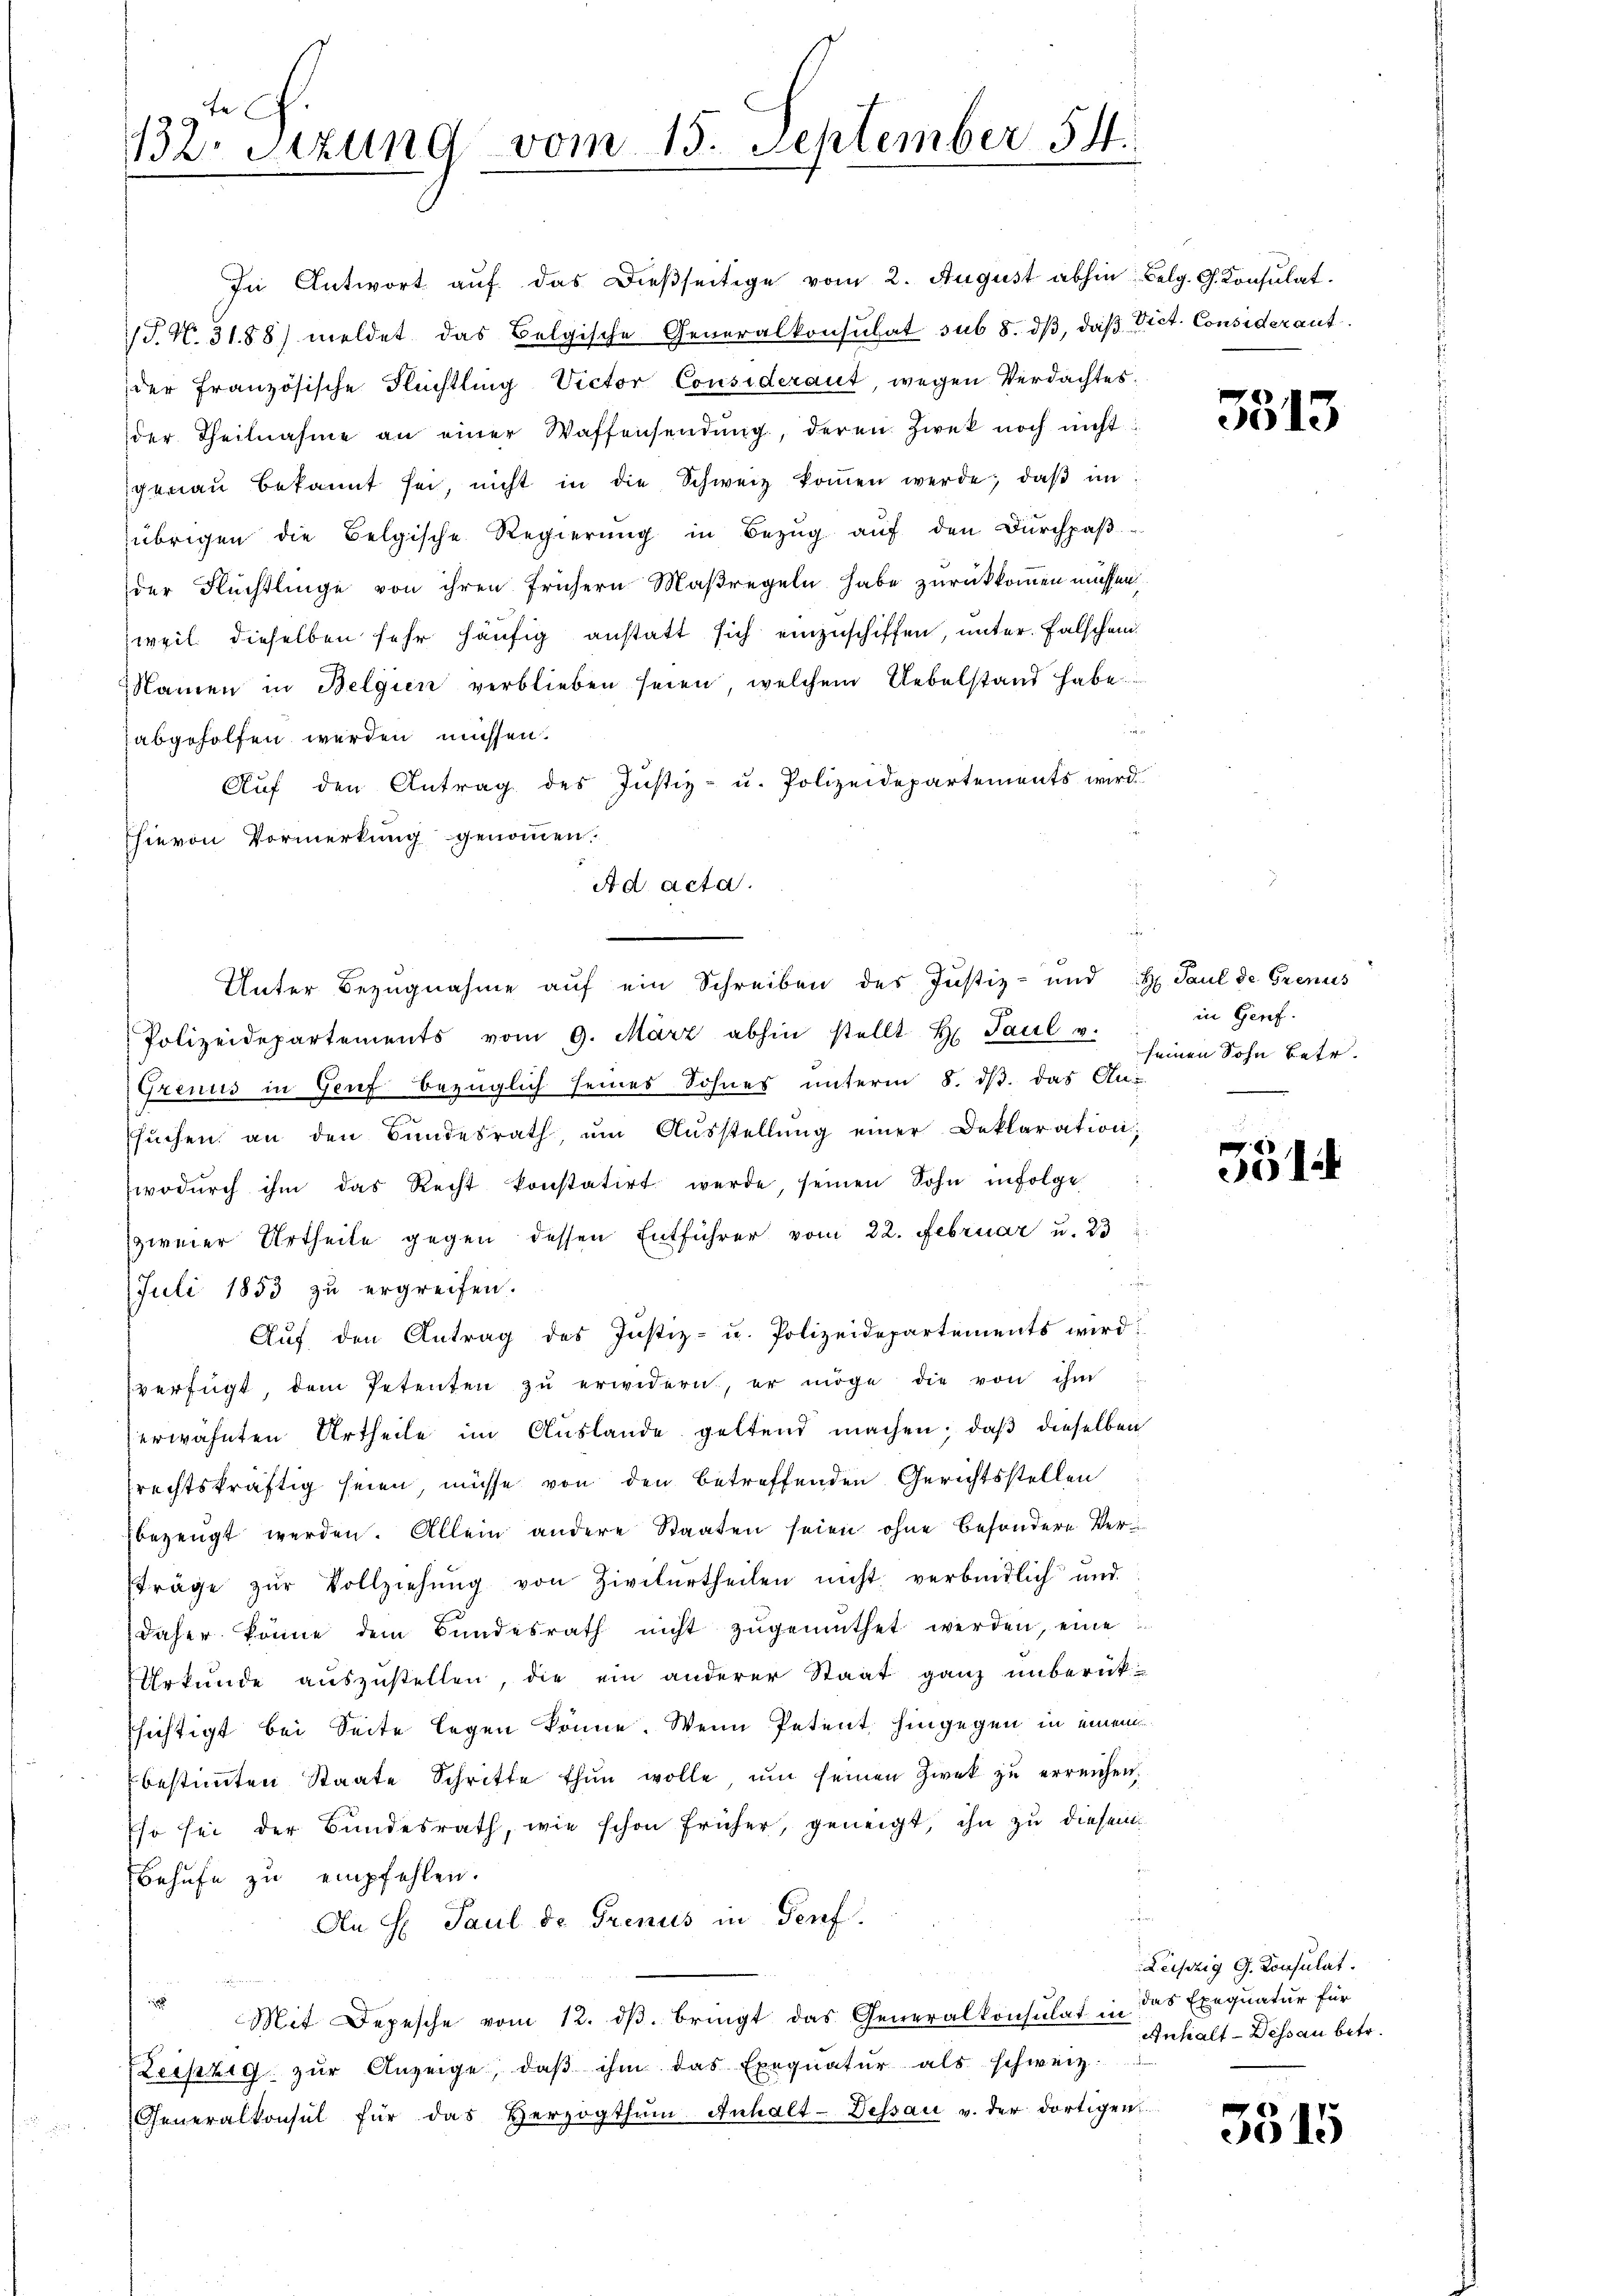
132. Sitzung vom 15. September 54.

In Antwort aŭf das dieβseitige vom 2. August abhin Belg. G. Consulat
T. N. 31.88) meldet das Belgische Generalkonsulat sub 8. dβ, das Vict. Considerant
der französische Flüchtling Victor Consideraut, wegen Verdachtes
der Theilnahme an einer Waffensendung, deren Zwek noch nicht
genaŭ bekannt sei, nicht in die Schweiz koṁen werde, daβ im
übrigen die Belgische Regierŭng in Bezŭg aŭf den Dŭrchpaβ
der Flüchtlinge von ihren frühern Maßregeln habe zurückkommen müssen
weil dieselben sehr häufig anstatt sich einzuschiffen, unter Falschei
Namen in Belgien verblieben seien, welchem Uebelstand habe
abgeholfen werden müssen.
Auf den Antrag des Justiz- u. Polizeidepartements wird
hievon Vormerkung genommen.
Ad acta.
Polizeidepartements vom 9. März abhin stellt H. Paul u.
Grenus in Genf bezüglich seines Sohnes unterm 8. dβ das Ansŭchen an den Bŭndesrath, ŭm Aŭsstellŭng einer Deklaration;
wodŭrch ihm das Recht konstatirt werde, seinen Sohn infolge
zweier Urtheile gegen dessen Entführer vom 22. Februar u. 23
¬
Juli 1853 zu ergreifen.
Auf den Antrag des Justiz- u. Polizeidepartements wird
verfügt, dem Petenten zŭ erwidern, er möge die von ihm
erwähnten Urtheile im Auslande geltend machen; daß dieselben
rechtskräftig seien, müsse von den betreffenden Gerichtsstellen
bezeugt werden. Allein andere Staaten seien ohne besondere Versträge zŭr Vollziehŭng von Zivilurtheilen nicht verbindlich und
daher könne dem Bundesrath nicht zugemuthet werden, eine
Urkunde auszustellen, die ein anderer Staat ganz unberück-
ssichtigt bei Seite legen könne. Wenn Petent, hingegen in einem
bestimmten Staate Schritte thun wolle ŭm seinen Zweck zŭ erreichen.
so sei der Bundesrath, wie schon früher, geneigt, ihn zu diesem
Behufe zu empfehlen.
An H. Paul de Grenus in Genf.
i
Mit Depesche vom 12. dβ. bringt das Generalkonsulat in das Exequatur für
Leipzig zŭr Anzeige, daβ ihm das Exequatŭr als schweiz.
Generalkonsul für das Herzogthum Anhalt-Dessau u. der dortigen

Unter Bezugnahme auf ein Schreiben des Justiz- und H. Paul de Grenus

3513

in Genf.
seinen Sohn betr.

n
61

Leipzig G. Consulat
Anhalt-Dessau betr.

3515